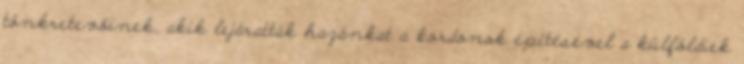
tönkretevőinek, akik lejáratták hazánkat a kordonok építésével a külföldiek